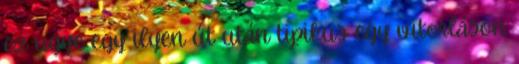
ez ugye egy ilyen út után tipikus egy vitorláson